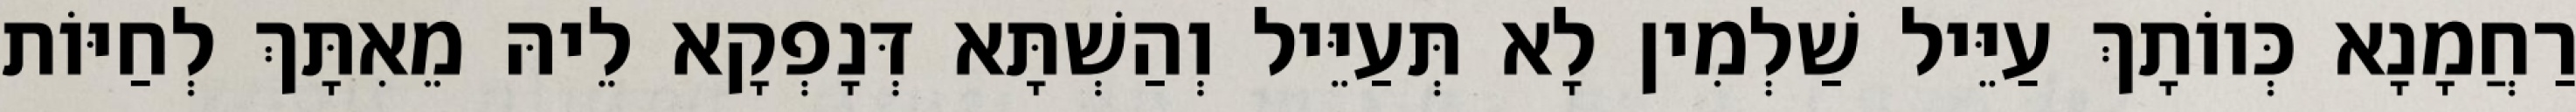
רַחֲמָנָא כְּווֹתָךְ עַיֵּיל שַׁלְמִין לָא תְּעַיֵּיל וְהַשְׁתָּא דְּנָפְקָא לֵיהּ מֵאִתָּךְ לְחַיּוֹת